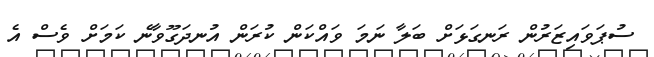
ސުޕަވައިޒަރުން ރަނގަޅަށް ބަލާ ނަމަ ވައްކަން ކުރަން އުނދަގޫވާނެ ކަމަށް ވެސް އެ